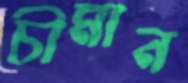
চীমান